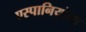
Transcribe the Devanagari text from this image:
एस्पानियोला